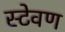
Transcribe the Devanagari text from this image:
स्टेवण